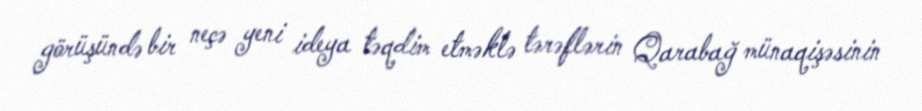
görüşündə bir neçə yeni ideya təqdim etməklə tərəflərin Qarabağ münaqişəsinin